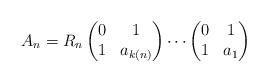
LaTeX: \begin{align*} A_n=R_n\begin{pmatrix}0&1\\1&a_{k(n)}\end{pmatrix} \cdots\begin{pmatrix}0&1\\1&a_1\end{pmatrix}\end{align*}